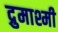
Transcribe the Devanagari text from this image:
द्रुमाश्मी